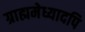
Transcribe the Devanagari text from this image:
ग्राह्ममेध्यादपि